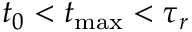
t _ { 0 } < t _ { \mathrm { m a x } } < \tau _ { r }